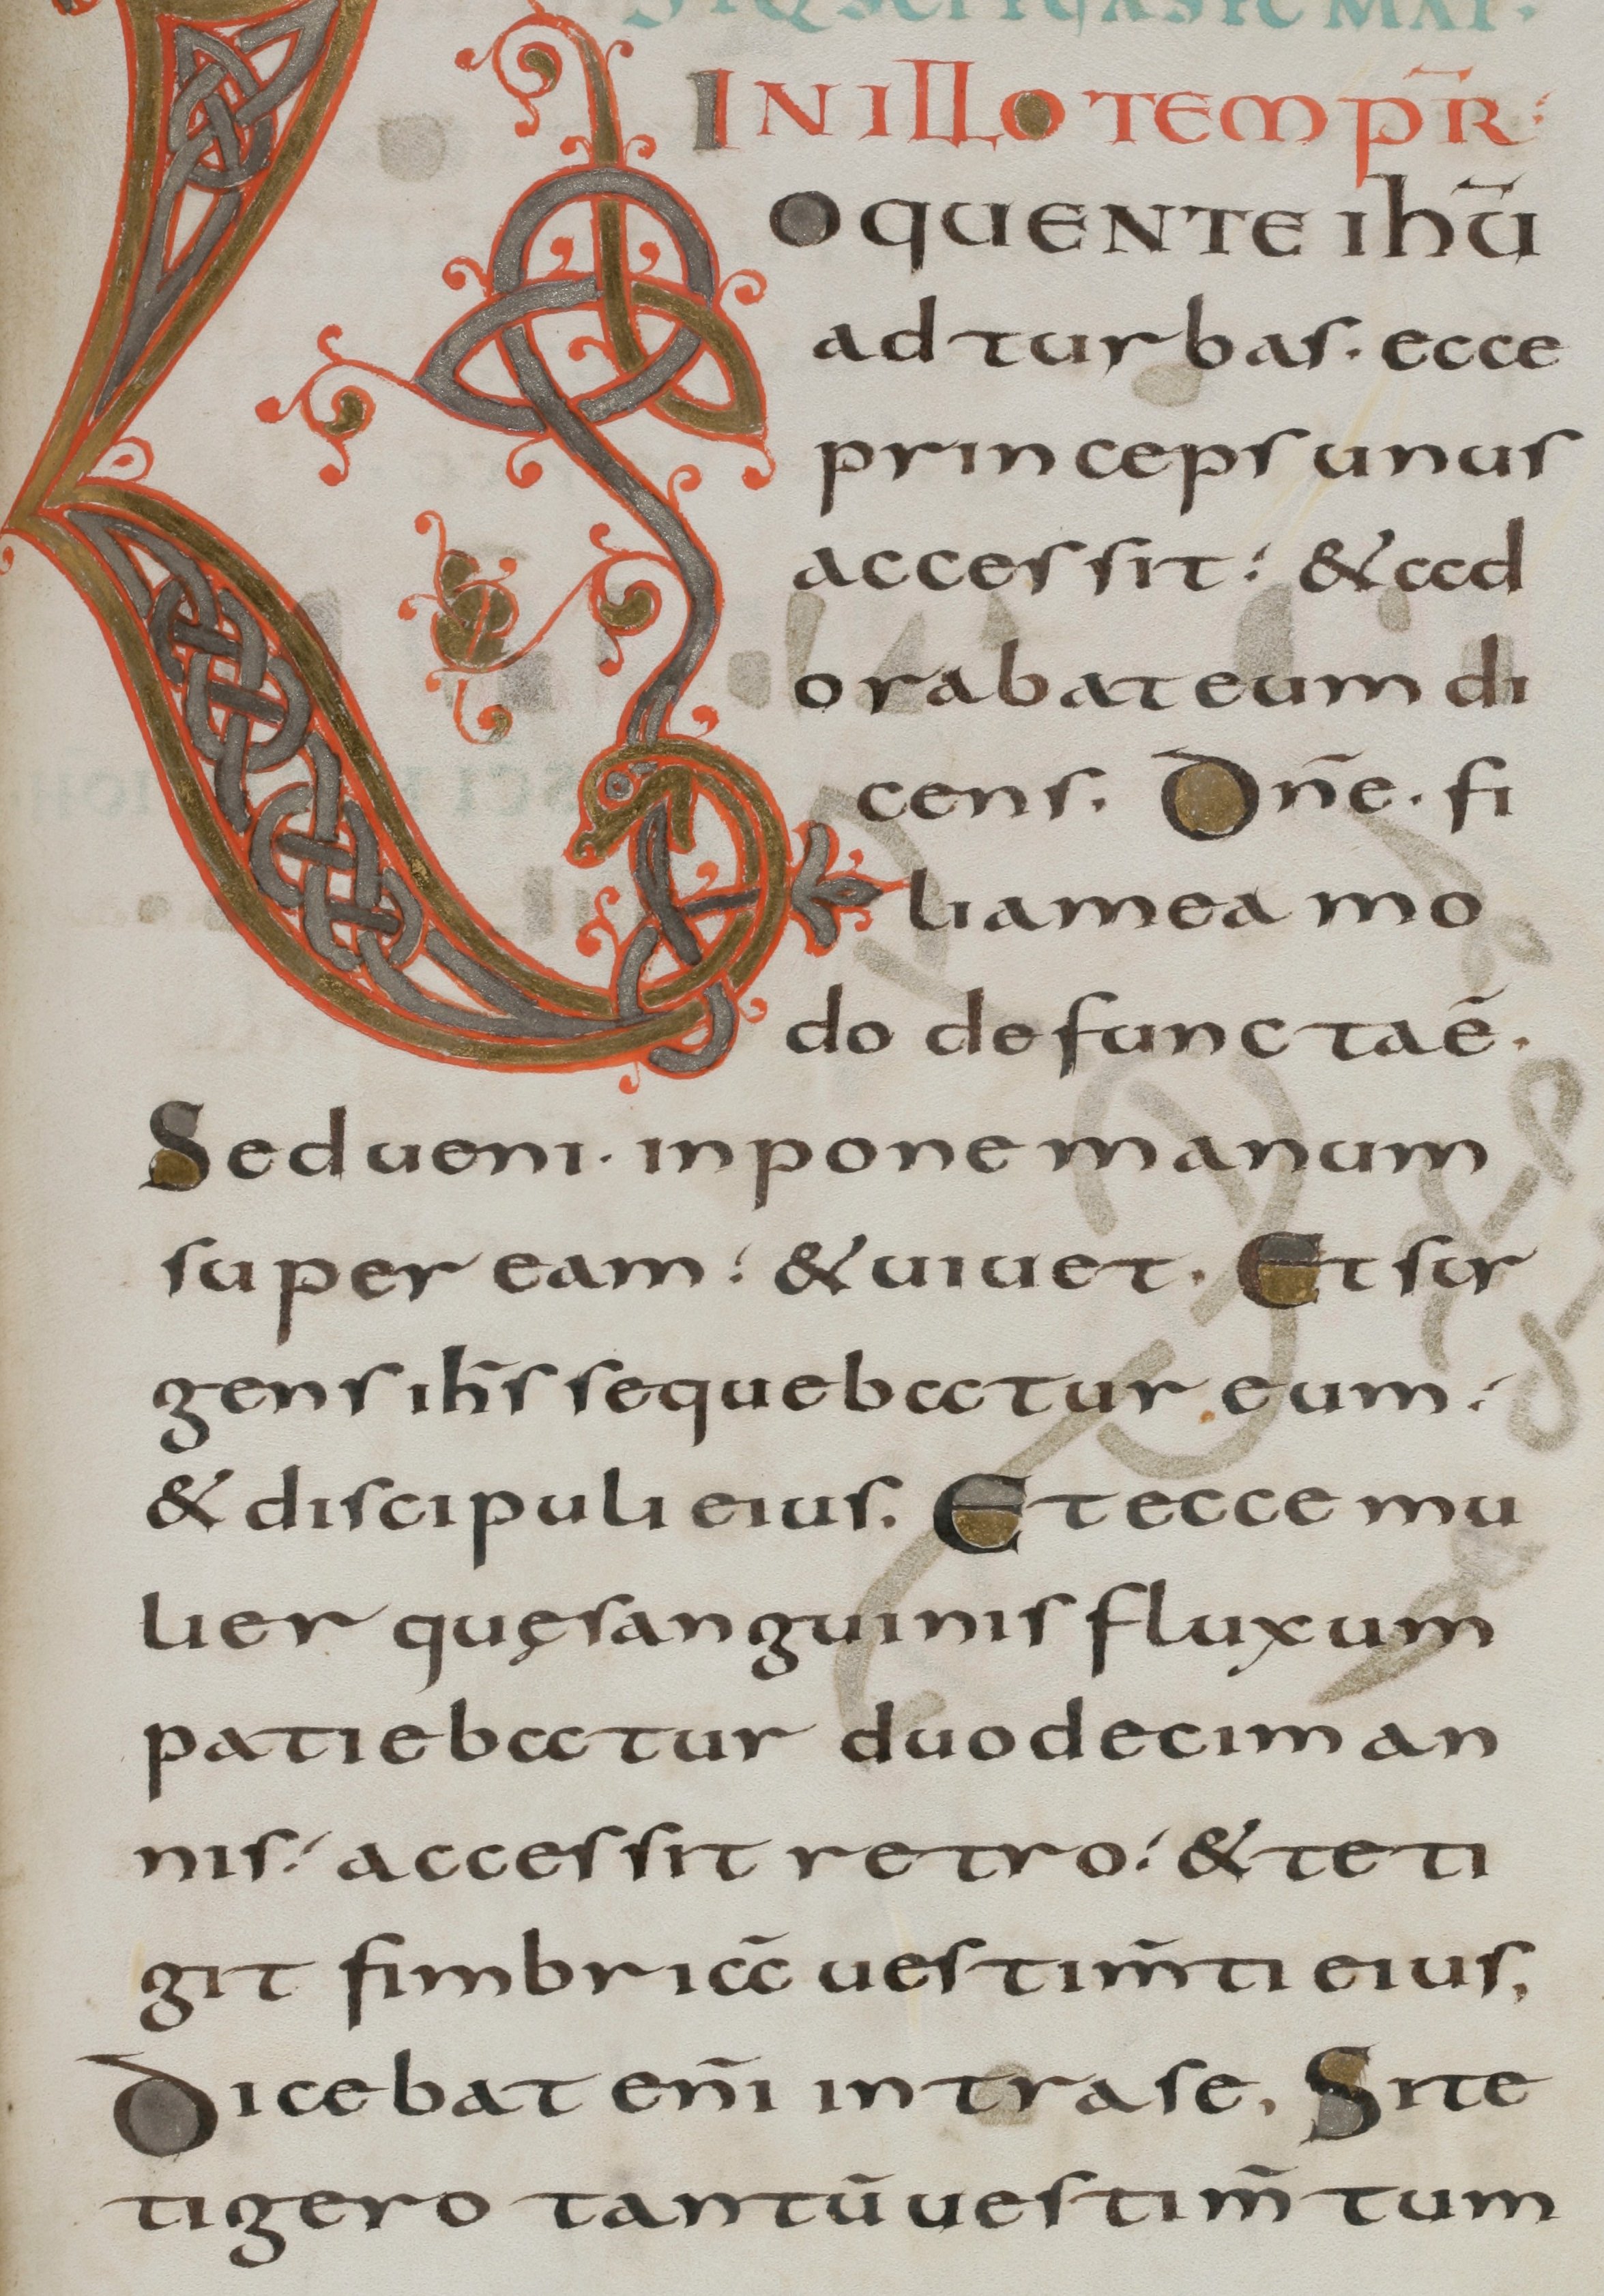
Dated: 800–899